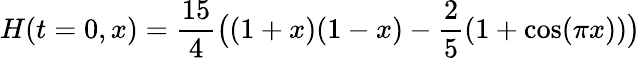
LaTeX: H(t=0,x)=\frac{15}{4}\big((1+x)(1-x)-\frac 25(1+\cos(\pi x))\big)